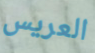
العريس